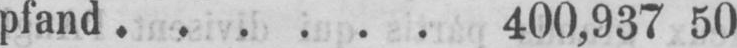
pfand ...... 400,937 50